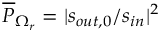
\overline { { P } } _ { \Omega _ { r } } = | s _ { o u t , 0 } / s _ { i n } | ^ { 2 }